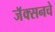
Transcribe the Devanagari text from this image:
जॅक्सनचे